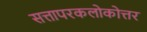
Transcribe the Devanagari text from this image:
सत्तापरकलोकोत्तर